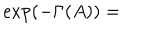
\exp \left( - \Gamma ( A ) \right) =